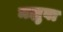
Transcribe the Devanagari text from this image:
मझुवा